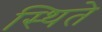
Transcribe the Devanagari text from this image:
स्थिते